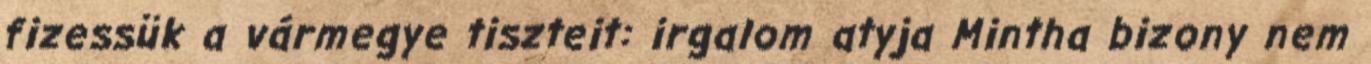
fizessük a vármegye tiszteit: irgalom atyja Mintha bizony nem